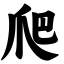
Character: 爬